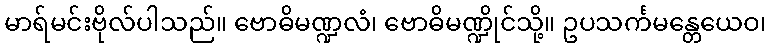
မာရ်မင်းဗိုလ်ပါသည်။ ဗောဓိမဏ္ဍလံ၊ ဗောဓိမဏ္ဍိုင်သို့။ ဥပသင်္ကမန္တေယေဝ၊